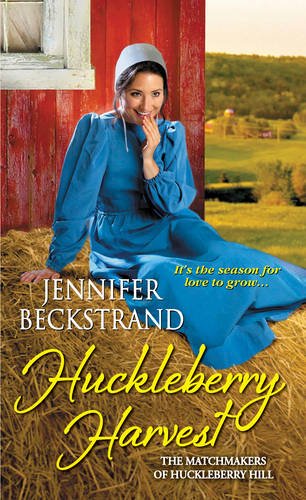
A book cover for Huckleberry Harvest (The Matchmakers of Huckleberry Hill); Jennifer Beckstrand; Romance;